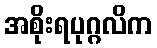
အစိုးရပုဂ္ဂလိက